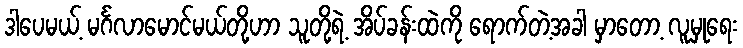
ဒါပေမယ့် မင်္ဂလာမောင်မယ်တို့ဟာ သူတို့ရဲ့ အိပ်ခန်းထဲကို ရောက်တဲ့အခါ မှာတော့ လူမှုရေး